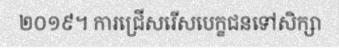
២០១៩។ ការជ្រើសរើសបេក្ខជនទៅសិក្សា